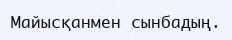
Майысқанмен сынбадың.